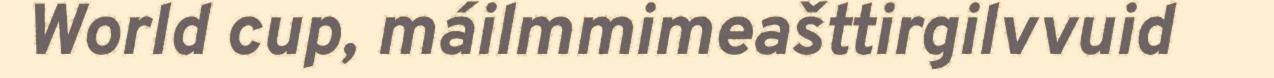
World cup, máilmmimeašttirgilvvuid